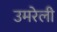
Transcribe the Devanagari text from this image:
उमरेली